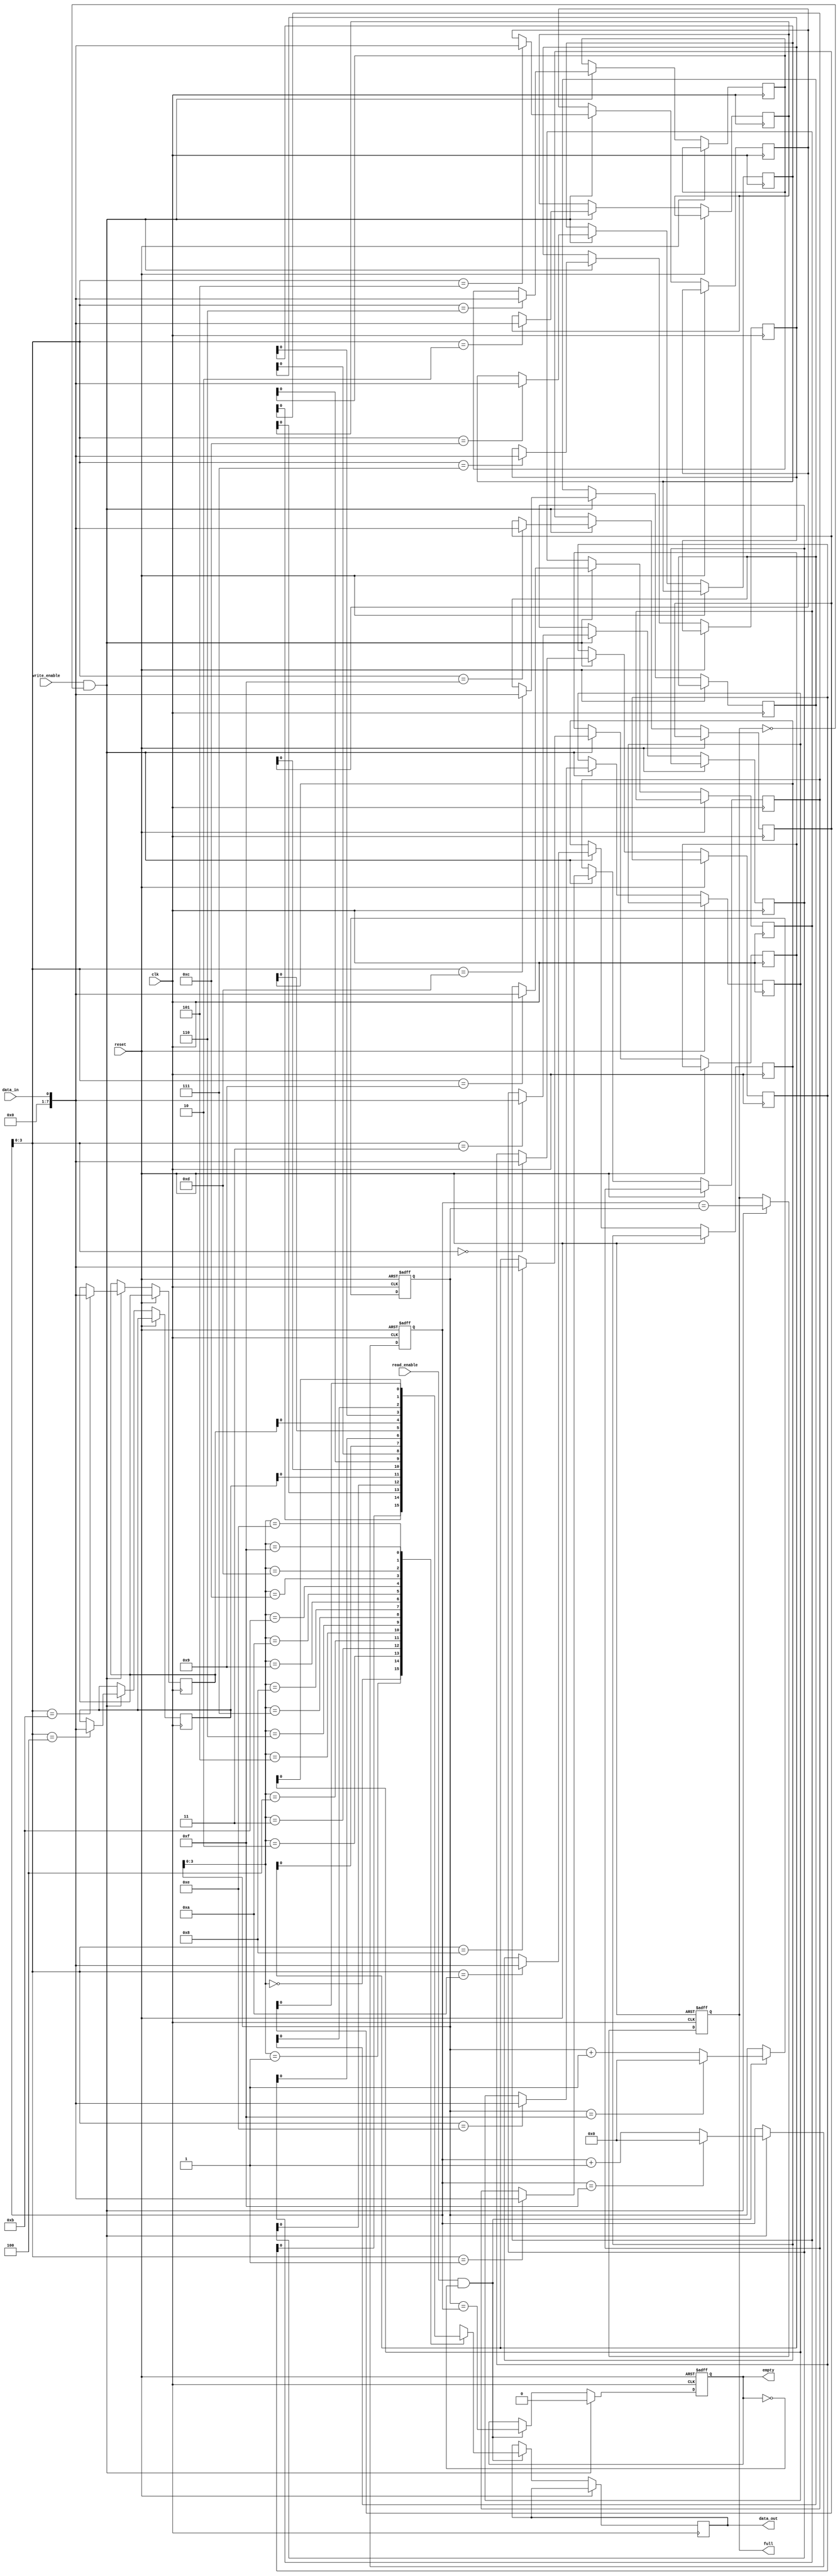
module bidirectional_fifo (
  input wire clk,
  input wire reset,
  input wire read_enable,
  input wire write_enable,
  input wire data_in,
  output reg data_out,
  output reg full,
  output reg empty
);

localparam WIDTH = 8; // Width of data bus
localparam DEPTH = 16; // Depth of FIFO

reg [WIDTH-1:0] memory [DEPTH-1:0];
reg [31:0] read_pointer = 0;
reg [31:0] write_pointer = 0;

always @(posedge clk or posedge reset) begin
  if (reset) begin
    read_pointer <= 0;
    write_pointer <= 0;
    full <= 0;
    empty <= 1;
  end else begin
    if (read_enable && !empty) begin
      data_out <= memory[read_pointer];
      read_pointer <= (read_pointer == DEPTH-1) ? 0 : read_pointer + 1;
      empty <= (read_pointer == write_pointer);
    end
    
    if (write_enable && !full) begin
      memory[write_pointer] <= data_in;
      write_pointer <= (write_pointer == DEPTH-1) ? 0 : write_pointer + 1;
      full <= (write_pointer == read_pointer);
      empty <= 0;
    end
  end
end

endmodule